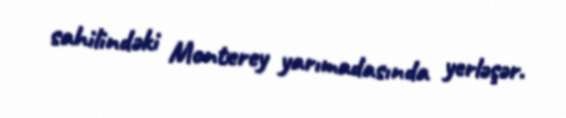
sahilindəki Monterey yarımadasında yerləşər.